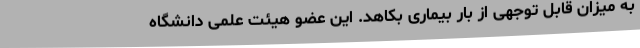
به میزان قابل توجهی از بار بیماری بکاهد. این عضو هیئت علمی دانشگاه